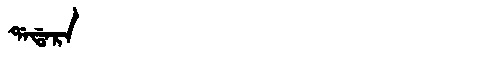
Manchu: ᡩᠠᡩᠠᡵᠠ
Romanization: DADARA